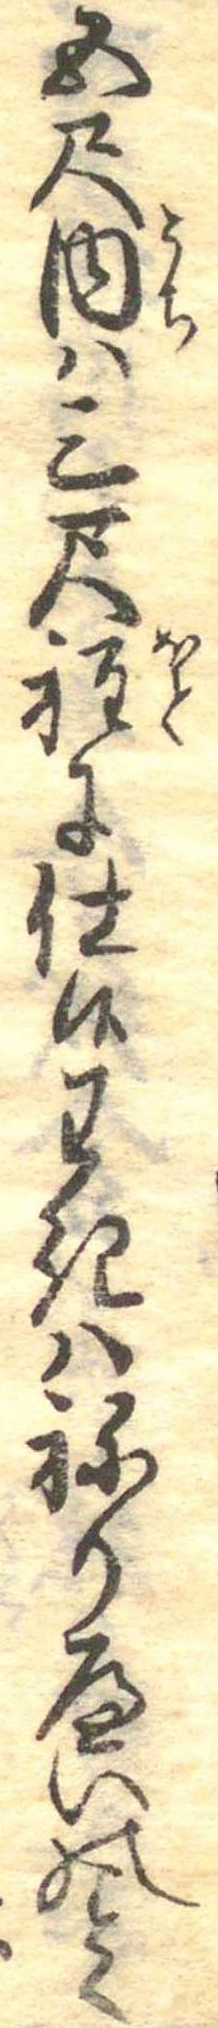
五尺内は三尺程に仕候わきはねりへいのく